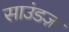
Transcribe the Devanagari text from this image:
साउंडज़